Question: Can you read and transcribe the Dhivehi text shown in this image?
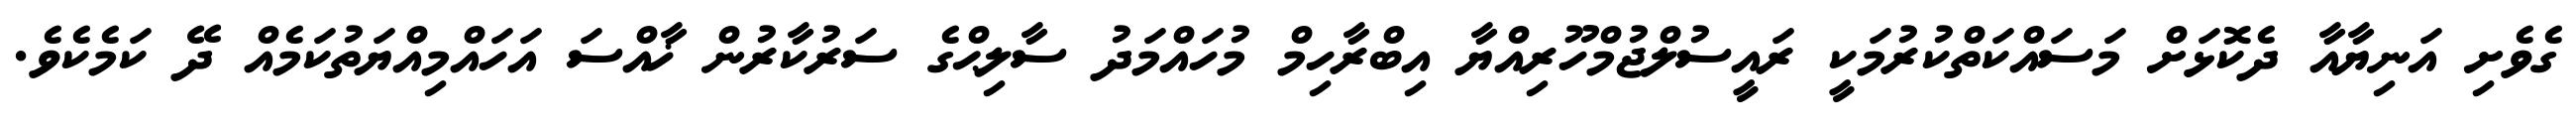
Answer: ގެވެށި އަނިޔާއާ ދެކޮޅަށް މަސައްކަތްކުރުމަކީ ރައީސުލްޖުމްހޫރިއްޔާ އިބްރާހިމް މުހައްމަދު ސާލިޙްގެ ސަރުކާރުން ޚާއްސަ އަހައްމިއްޔަތުކަމެއް ދޭ ކަމެކެވެ.